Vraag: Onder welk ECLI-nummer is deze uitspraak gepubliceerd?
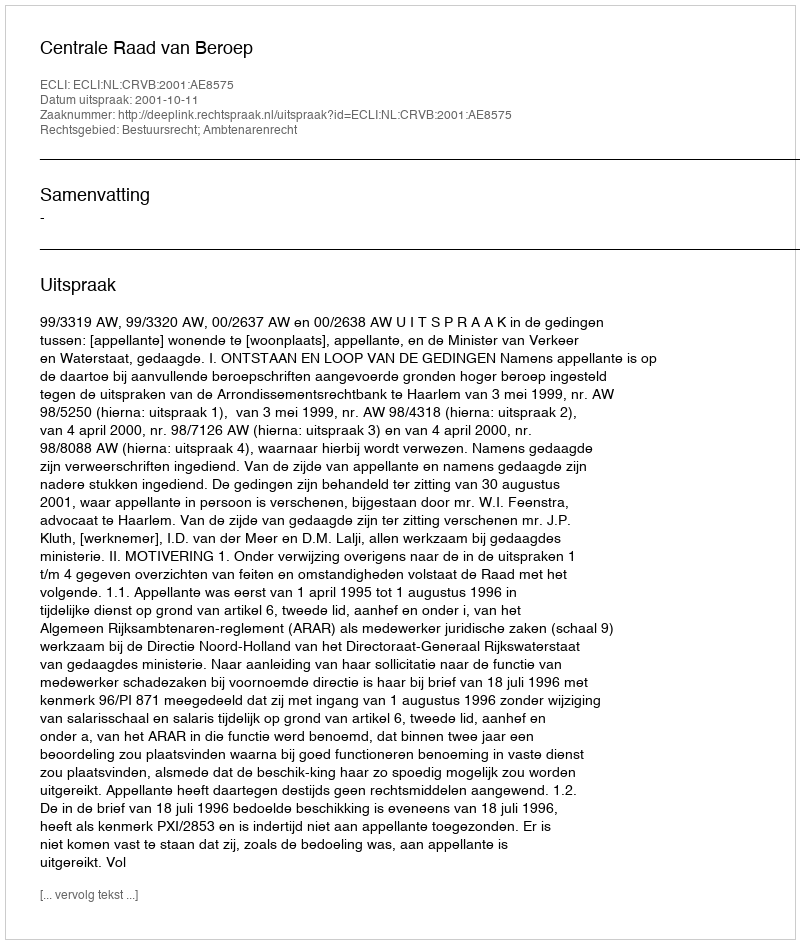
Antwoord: ECLI:NL:CRVB:2001:AE8575